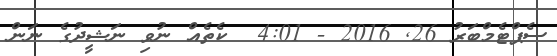
ސެޕްޓެމްބަރު 26